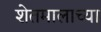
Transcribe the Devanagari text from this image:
शेतमालाच्या